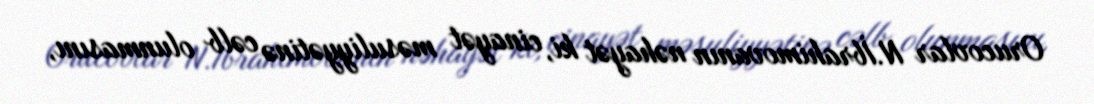
Orucovlar N.İbrahimovanın nəhayət ki, cinayət məsuliyyətinə cəlb olunmasını,